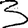
Digit: 3